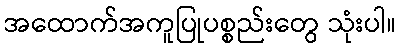
အထောက်အကူပြုပစ္စည်းတွေ သုံးပါ။